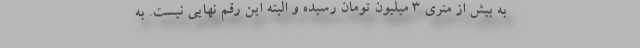
به بیش از متری ۳ میلیون تومان رسیده و البته این رقم نهایی نیست. به